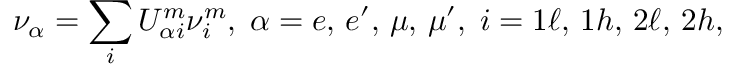
\nu _ { \alpha } = \sum _ { i } U _ { \alpha i } ^ { m } \nu _ { i } ^ { m } , \; \alpha = e , \, e ^ { \prime } , \, \mu , \, \mu ^ { \prime } , \; i = 1 \ell , \, 1 h , \, 2 \ell , \, 2 h ,